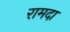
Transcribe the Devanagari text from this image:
रामदा